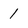
Character: 1